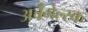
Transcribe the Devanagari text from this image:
अर्चँगेल्स्क